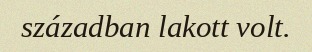
században lakott volt.